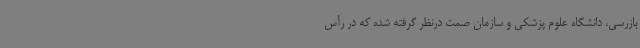
بازرسی، دانشگاه علوم پزشکی و سازمان صمت درنظر گرفته شده که در رأس